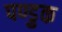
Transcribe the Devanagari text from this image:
पण्डुक